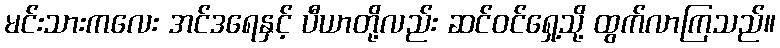
မင်းသားကလေး အင်ဒရေနှင့် ပီယာတို့လည်း ဆင်ဝင်ရှေ့သို့ ထွက်လာကြသည်။